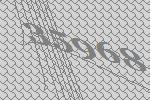
35968